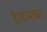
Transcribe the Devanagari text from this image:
है।उसका